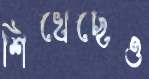
শিখেছেও